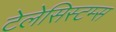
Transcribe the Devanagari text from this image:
टेलेसिस्टम्स